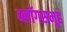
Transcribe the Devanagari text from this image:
ब्लॉगसमूह